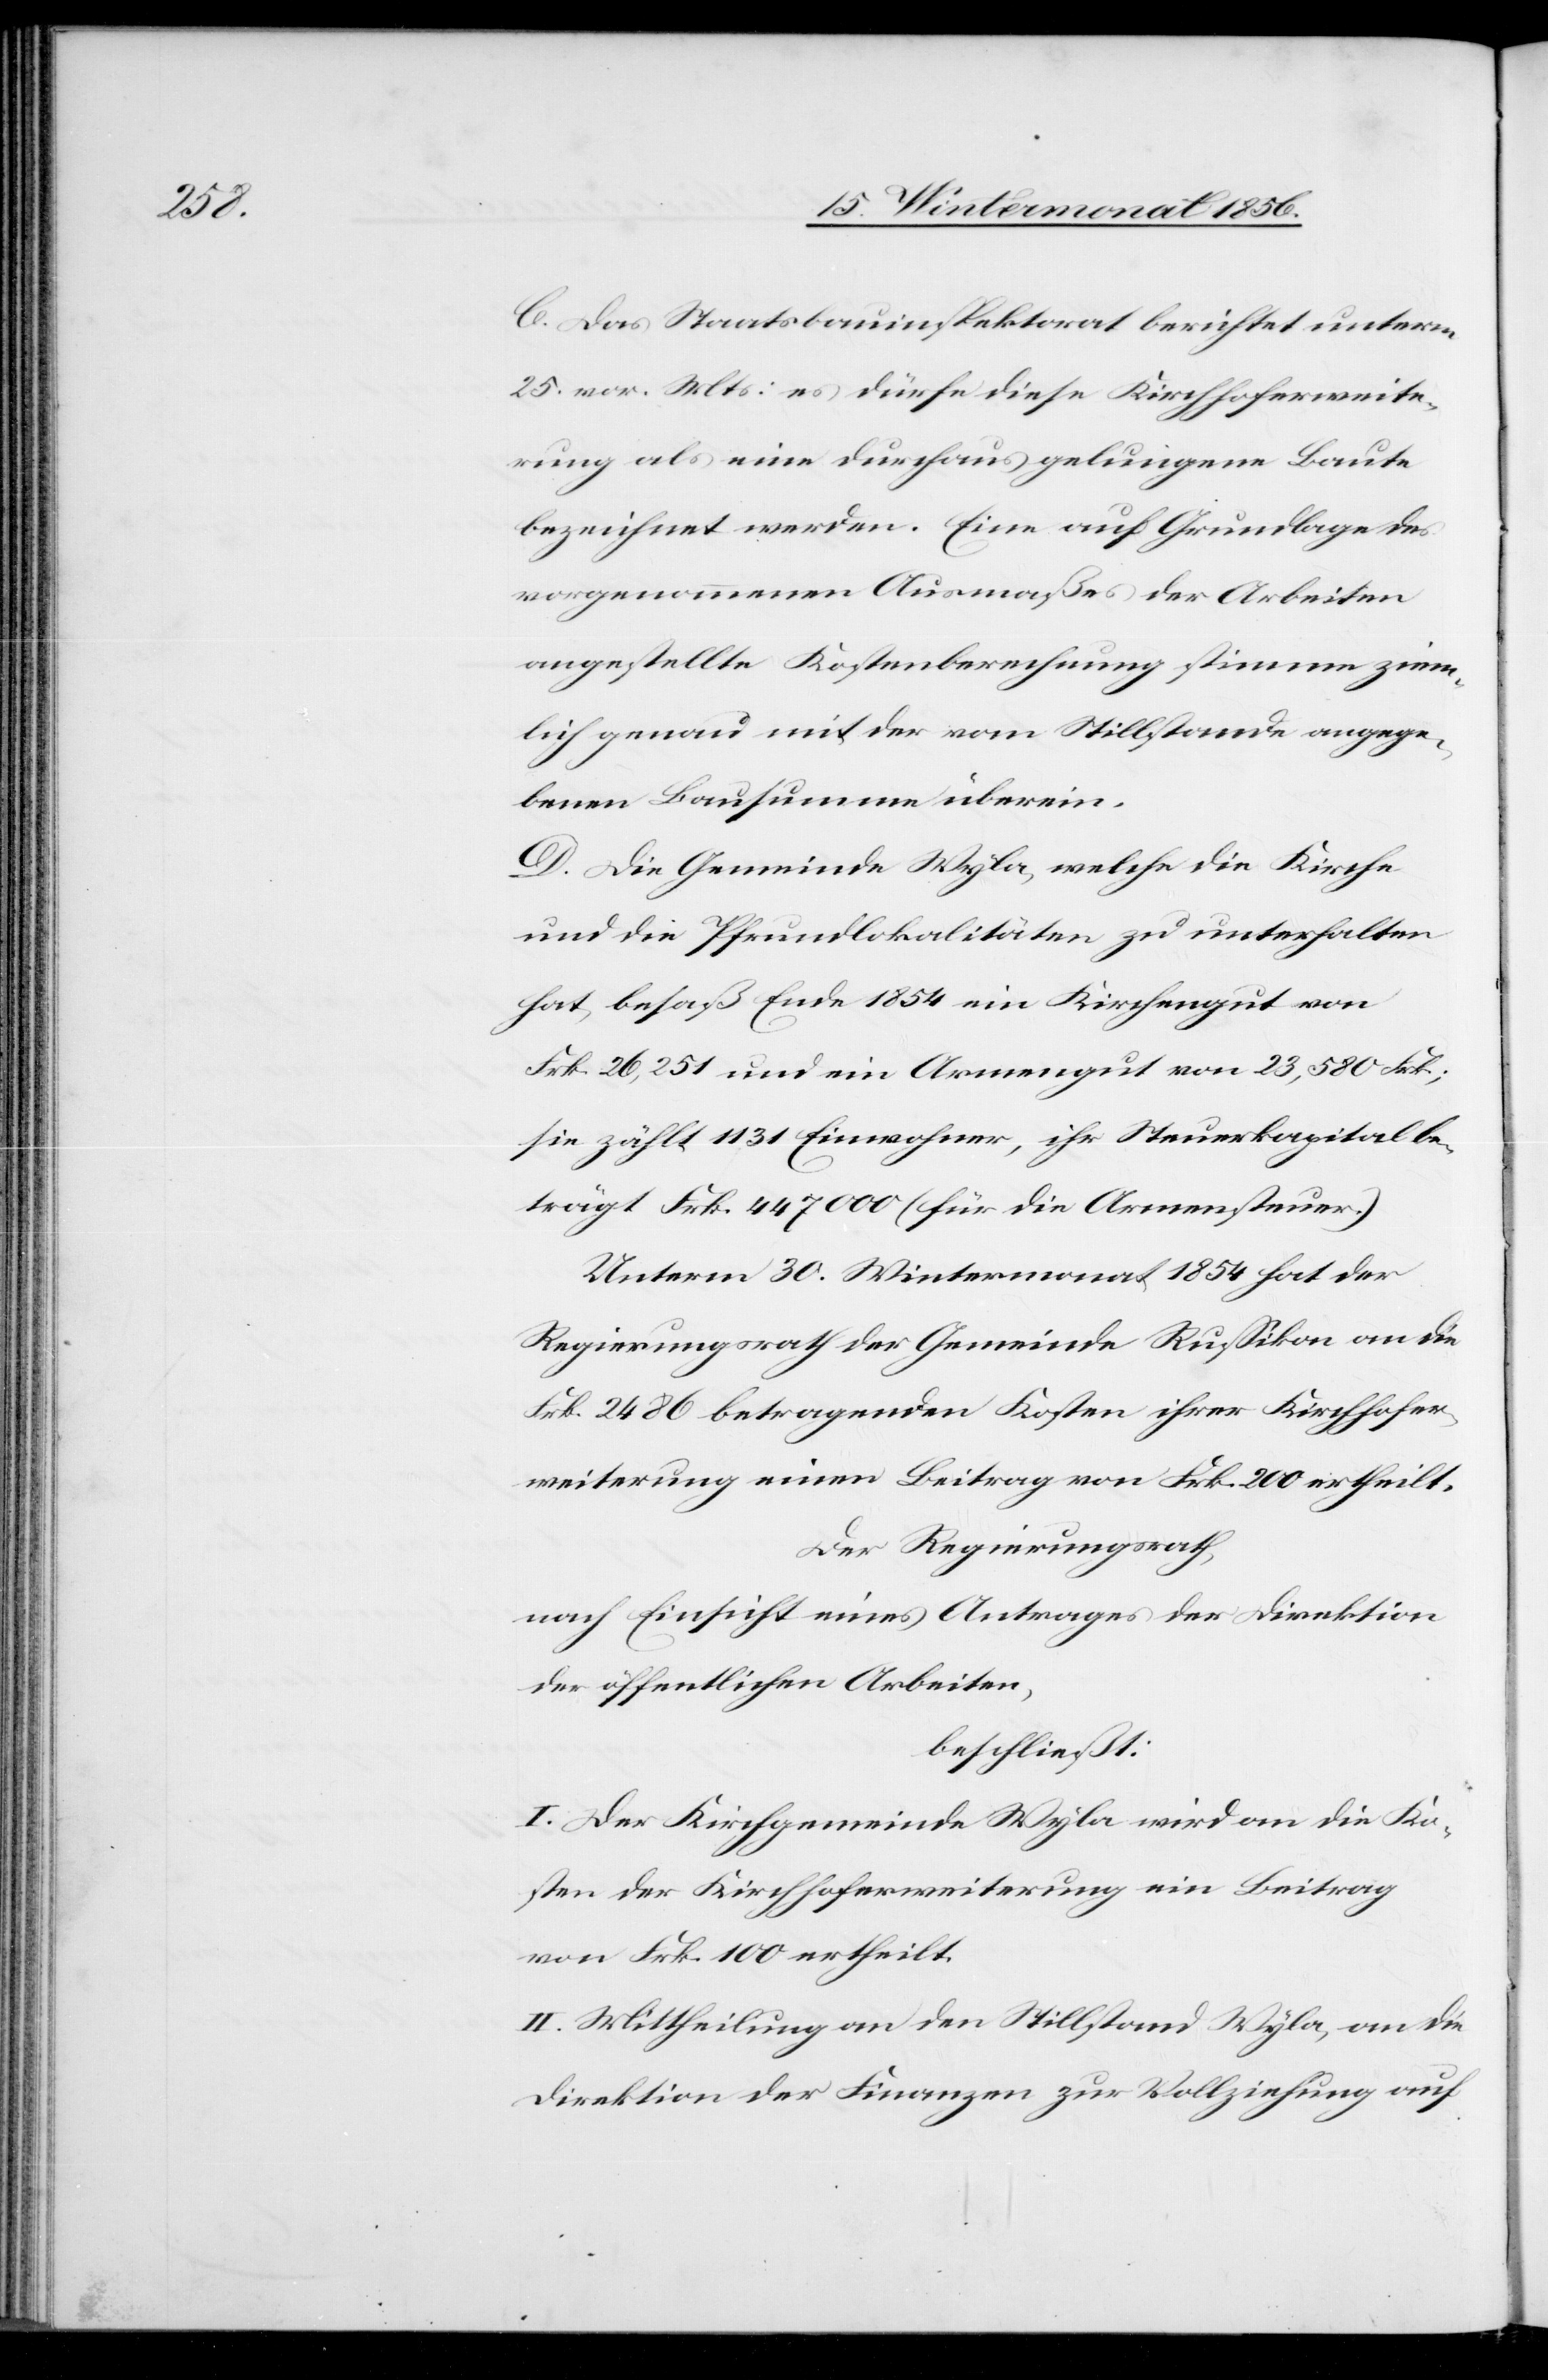
C. Das Staatsbauinspektorat berichtet unterm
25. vor. Mts: es dürfe diese Kirchhoferweite¬
rung als eine durchaus gelungene Baute
bezeichnet werden. Eine auf Grundlage des
vorgenommenen Ausmaßes der Arbeiten
angestellte Kostenberechnung stimme ziem¬
lich genau mit der vom Stillstande angege¬
benen Bausumme überein.
D. Die Gemeinde Wyla, welche die Kirche
und die Pfrundlokalitäten zu unterhalten
hat, besaß Ende 1854 ein Kirchengut von
Frk. 26,251 und ein Armengut von 23,580 Frk;
sie zählt 1131 Einwohner, ihr Steuerkapital be¬
trägt Frk. 447 000 (für die Armensteuer.)
Unterm 30. Wintermonat 1854 hat der
Regierungsrath der Gemeinde Russikon an die
Frk. 2486 betragenden Kosten ihrer Kirchhofer¬
weiterung einen Beitrag von Frk. 200 ertheilt.
Der Regierungsrath,
nach Einsicht eines Antrages der Direktion
der öffentlichen Arbeiten,
beschließt:
I. Der Kirchgemeinde Wyla wird an die Ko¬
sten der Kirchhoferweiterung ein Beitrag
von Frk. 100 ertheilt.
II. Mittheilung an den Stillstand Wyla, an die
Direktion der Finanzen zur Vollziehung auf